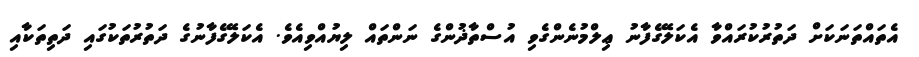
އެތައްތަނަކަށް ދަތުރުކުރައްވާ އެކަލޭގެފާނު ޢިލްމުނެންގެވި އުސްތާޛުންގެ ނަންތައް ލިޔުއްވިއެވެ. އެކަލޭގެފާނުގެ ދަތުރުތަކުގައި ދަތިތަކާއި